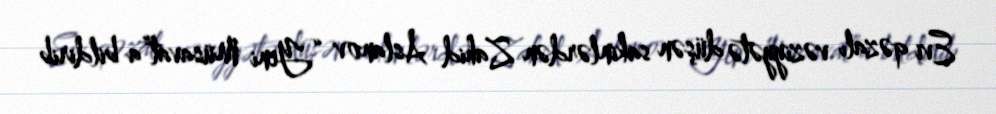
Evi qəzalı vəziyyətə düşən sakinlərdən Zahid Aslanov “Yeni Müsavat”a bildirib